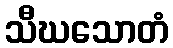
သီဃသောတံ